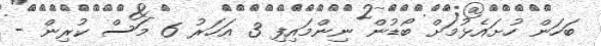
ބަހަން ހުށައެޅުމަށް ބޯޑުން ނިންމައިފި 3 އަހަރު 6 މަސް ކުރިން -